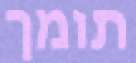
תומך